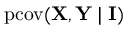
\operatorname { p c o v } ( \mathbf { X } , \mathbf { Y } \mid \mathbf { I } )